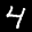
Label: 4